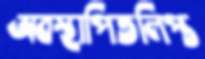
অবস্থাপিতলিপ্ত